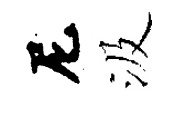
尼汲